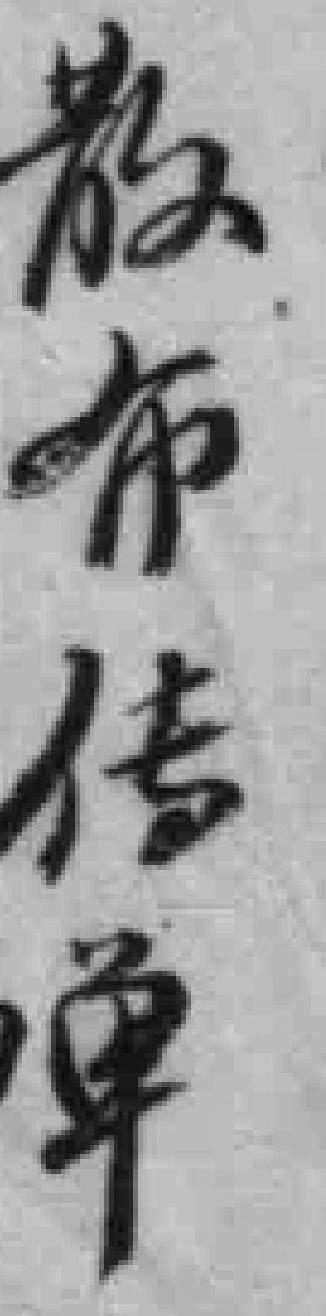
散布传单